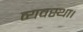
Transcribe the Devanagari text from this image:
व्‍यवस्‍था।